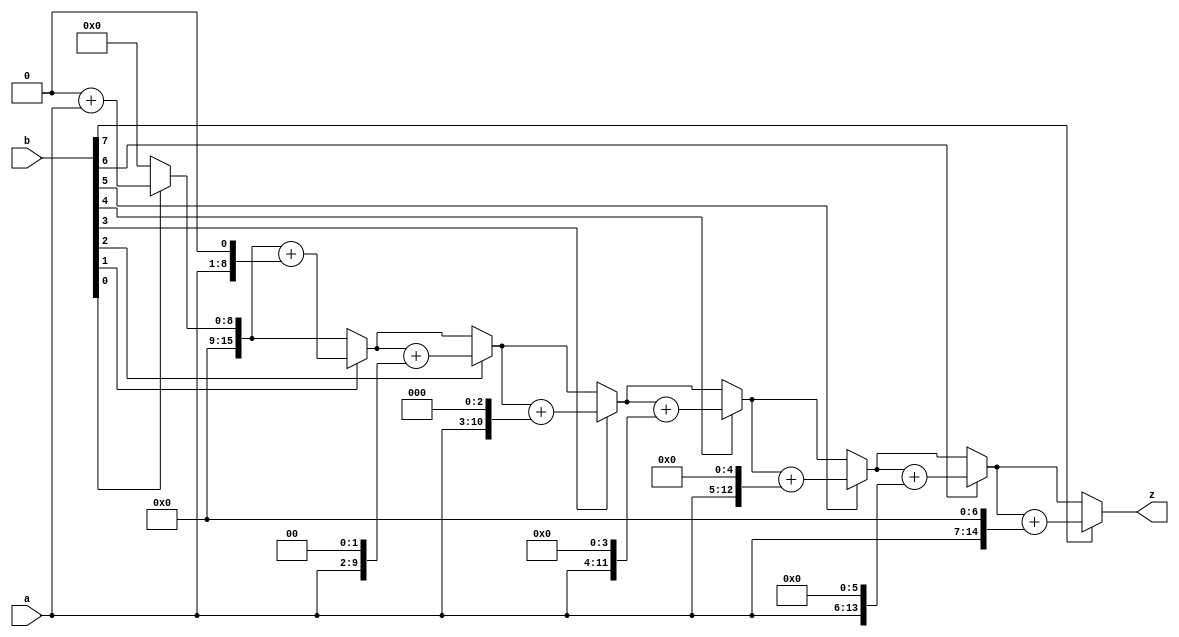
// Name: Yaohong Sabotinova
// 8-bit adder and sustractor 

module Multi8(z,a,b); 
output [15:0]z;
input [7:0]a,b; 

reg [15:0]z;
reg [15:0]y;
integer i; 

always @(a , b)
begin 
  y=a;
  z=0; // needs to zeroed
  for(i=0;i<8;i=i+1)
  begin
    if(b[i])
      z=z+y; // must be a blocking assignment
    y=y<<1;
  end
end
endmodule